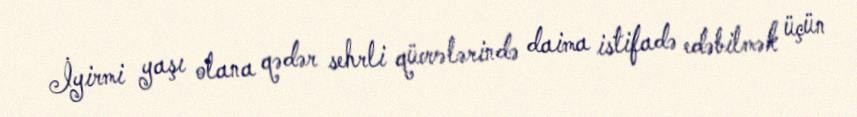
İyirmi yaşı olana qədər sehrli qüvvələrində daima istifadə edəbilmək üçün